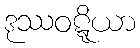
ဒုဿဝဋ္ဋိယာ